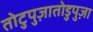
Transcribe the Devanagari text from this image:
तोटुपुज़ातोडुपुज़ा